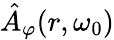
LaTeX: \hat{A}_{\varphi}(r,\omega_{0})